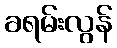
ခရမ်းလွန်